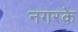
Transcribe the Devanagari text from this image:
नगरके